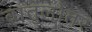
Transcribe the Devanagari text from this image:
वातुलोतर